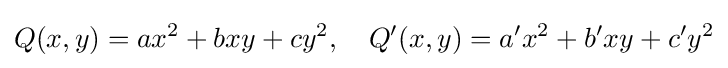
Q(x,y)=ax^{2}+bxy+cy^{2},\quad Q^{\prime }(x,y)=a^{\prime }x^{2}+b^{\prime }xy+c^{\prime }y^{2}